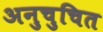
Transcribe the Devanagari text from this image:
अनुचुचित